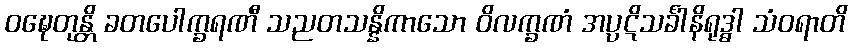
ဝဍ္ဎေတုန္တိ ခတပေါက္ခရဏီ သညတသန္နိကာသော ဝိလက္ခဏံ အပ္ပဋိသင်္ခါနိရုဒ္ဓါ သံဝရာတိ